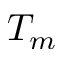
T _ { m }